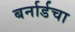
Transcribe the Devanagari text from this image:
बर्नार्डचा